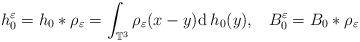
LaTeX: \begin{align*}h_{0}^{\varepsilon}=h_{0}\ast\rho_{\varepsilon}=\int_{\mathbb{T}^3}\rho_{\varepsilon}(x-y){\rm d}\:h_{0}(y),\;\;\;B_{0}^{\varepsilon}=B_{0}\ast\rho_{\varepsilon}\end{align*}